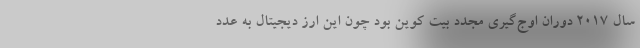
سال ۲۰۱۷ دوران اوج‌گیری مجدد بیت کوین بود چون این ارز دیجیتال به عدد